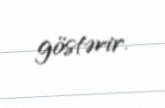
göstərir.